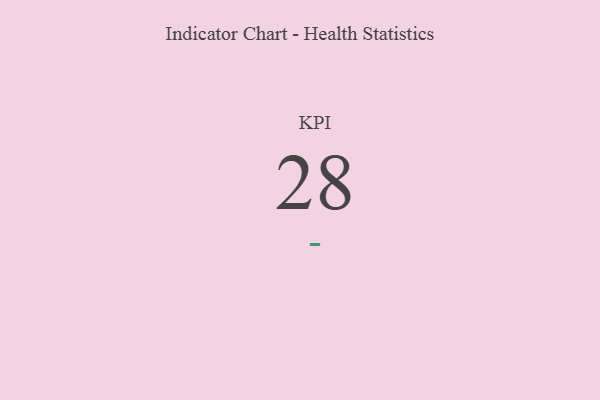
{"axis": {"x": "KPI", "y": "Value"}, "legend": [""], "data": [{"x": "KPI", "y": 28, "type": ""}]}